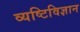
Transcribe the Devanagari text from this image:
व्यष्टिविज्ञान